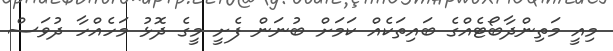
މިއީ މަތިންދާބޯޓެއްގެ ބައިތަކެއް ކަމަށް ބުނަން ފެށީ މީގެ ދޮޅު މަހެއްހާ ދުވަސް